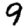
Digit: 9